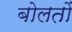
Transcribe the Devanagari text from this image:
बोलतों